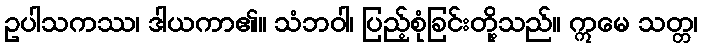
ဥပါသကဿ၊ ဒါယကာ၏။ သံဘဝါ၊ ပြည့်စုံခြင်းတို့သည်။ ဣမေ သတ္တ၊